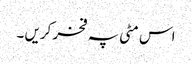
اس مٹی پہ فخر کریں ۔